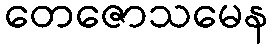
တေဇောသမေန